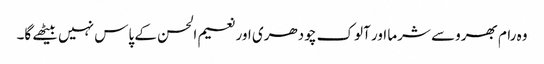
وہ رام بھروسے شرما اور آلوک چودھری اور نعیم الحسن کے پاس نہیں بیٹھے گا۔